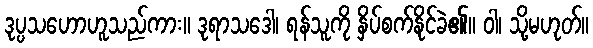
ဒုပ္ပသဟောဟူသည်ကား။ ဒုရာသဒေါ၊ ရန်သူကို နှိပ်စက်နိုင်ခဲ၏။ ဝါ၊ သို့မဟုတ်။